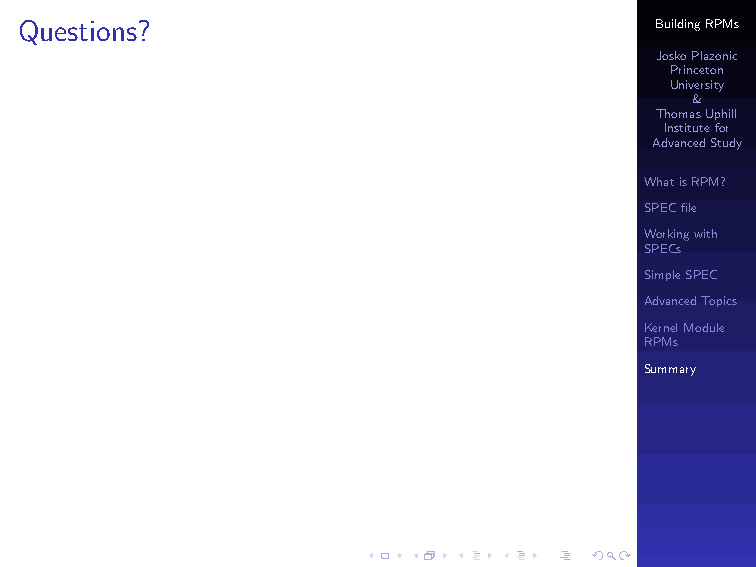
Questions?                                BuildingRPMs
 JoskoPlazonic
 Princeton
 University
 &
 ThomasUphill
 Institutefor
 AdvancedStudy
 WhatisRPM?
 SPECfile
 Workingwith
 SPECs
 SimpleSPEC
 AdvancedTopics
 KernelModule
 RPMs
 Summary